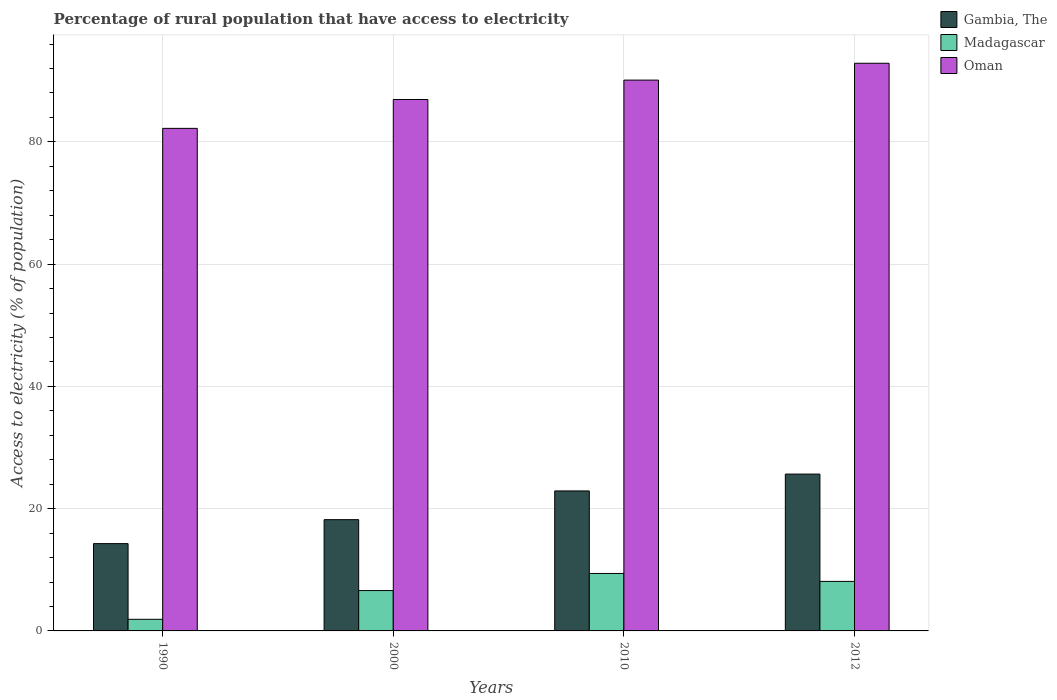
| Years | Gambia, The | Madagascar | Oman |
 | --- | --- | --- | --- |
 | 1990 | 14.3 | 1.9 | 82.2 |
 | 2000 | 18.2 | 6.6 | 86.9 |
 | 2010 | 22.9 | 9.4 | 90.1 |
 | 2012 | 25.7 | 8.1 | 92.9 |